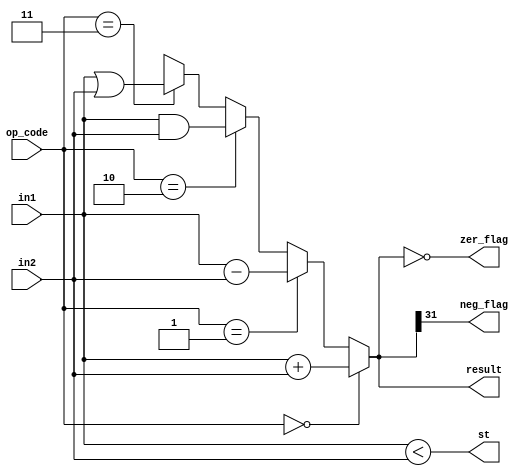
// This program was cloned from: https://github.com/sep-81/Computer-Architecture-Course-Projects
// License: MIT License

`define _add 3'd0
`define _sub 3'd1
`define _and 3'd2
`define _or 3'd3

module ALU (
    in1,
    in2,
    op_code,
    result,
    zer_flag,
    neg_flag,
    st
);
  parameter word_len = 32;
  input [word_len - 1 : 0] in1, in2;
  input [2:0] op_code;

  output [word_len - 1 : 0] result;
  output zer_flag, neg_flag, st;

  assign neg_flag = result[31];
  assign zer_flag = (result == 32'b0);
  assign st = ($signed(in1) < $signed(in2));

  assign result = (op_code == `_add) ? in1 + in2 :
    (op_code == `_sub) ? in1 - in2 :
    (op_code == `_and) ? in1 & in2 :
    (op_code == `_or) ? in1 | in2 :
    'bx;
endmodule